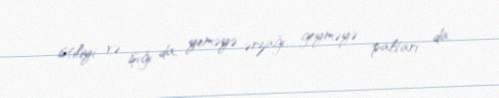
istiliyi və işığı da, yeməyə ərzağı, geyməyə paltarı da.